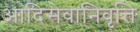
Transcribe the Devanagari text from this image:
आदिसेवानिवृत्ति